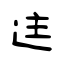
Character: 迬